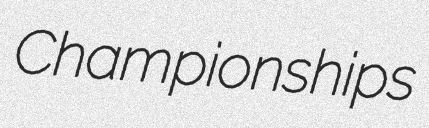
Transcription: Championships